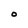
Character: O